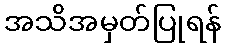
အသိအမှတ်ပြုရန်